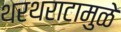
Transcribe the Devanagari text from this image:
थरथराटामुळे